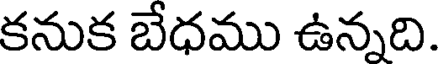
కనుక బేధము ఉన్నది.